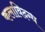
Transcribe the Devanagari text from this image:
कलाविदग्ध